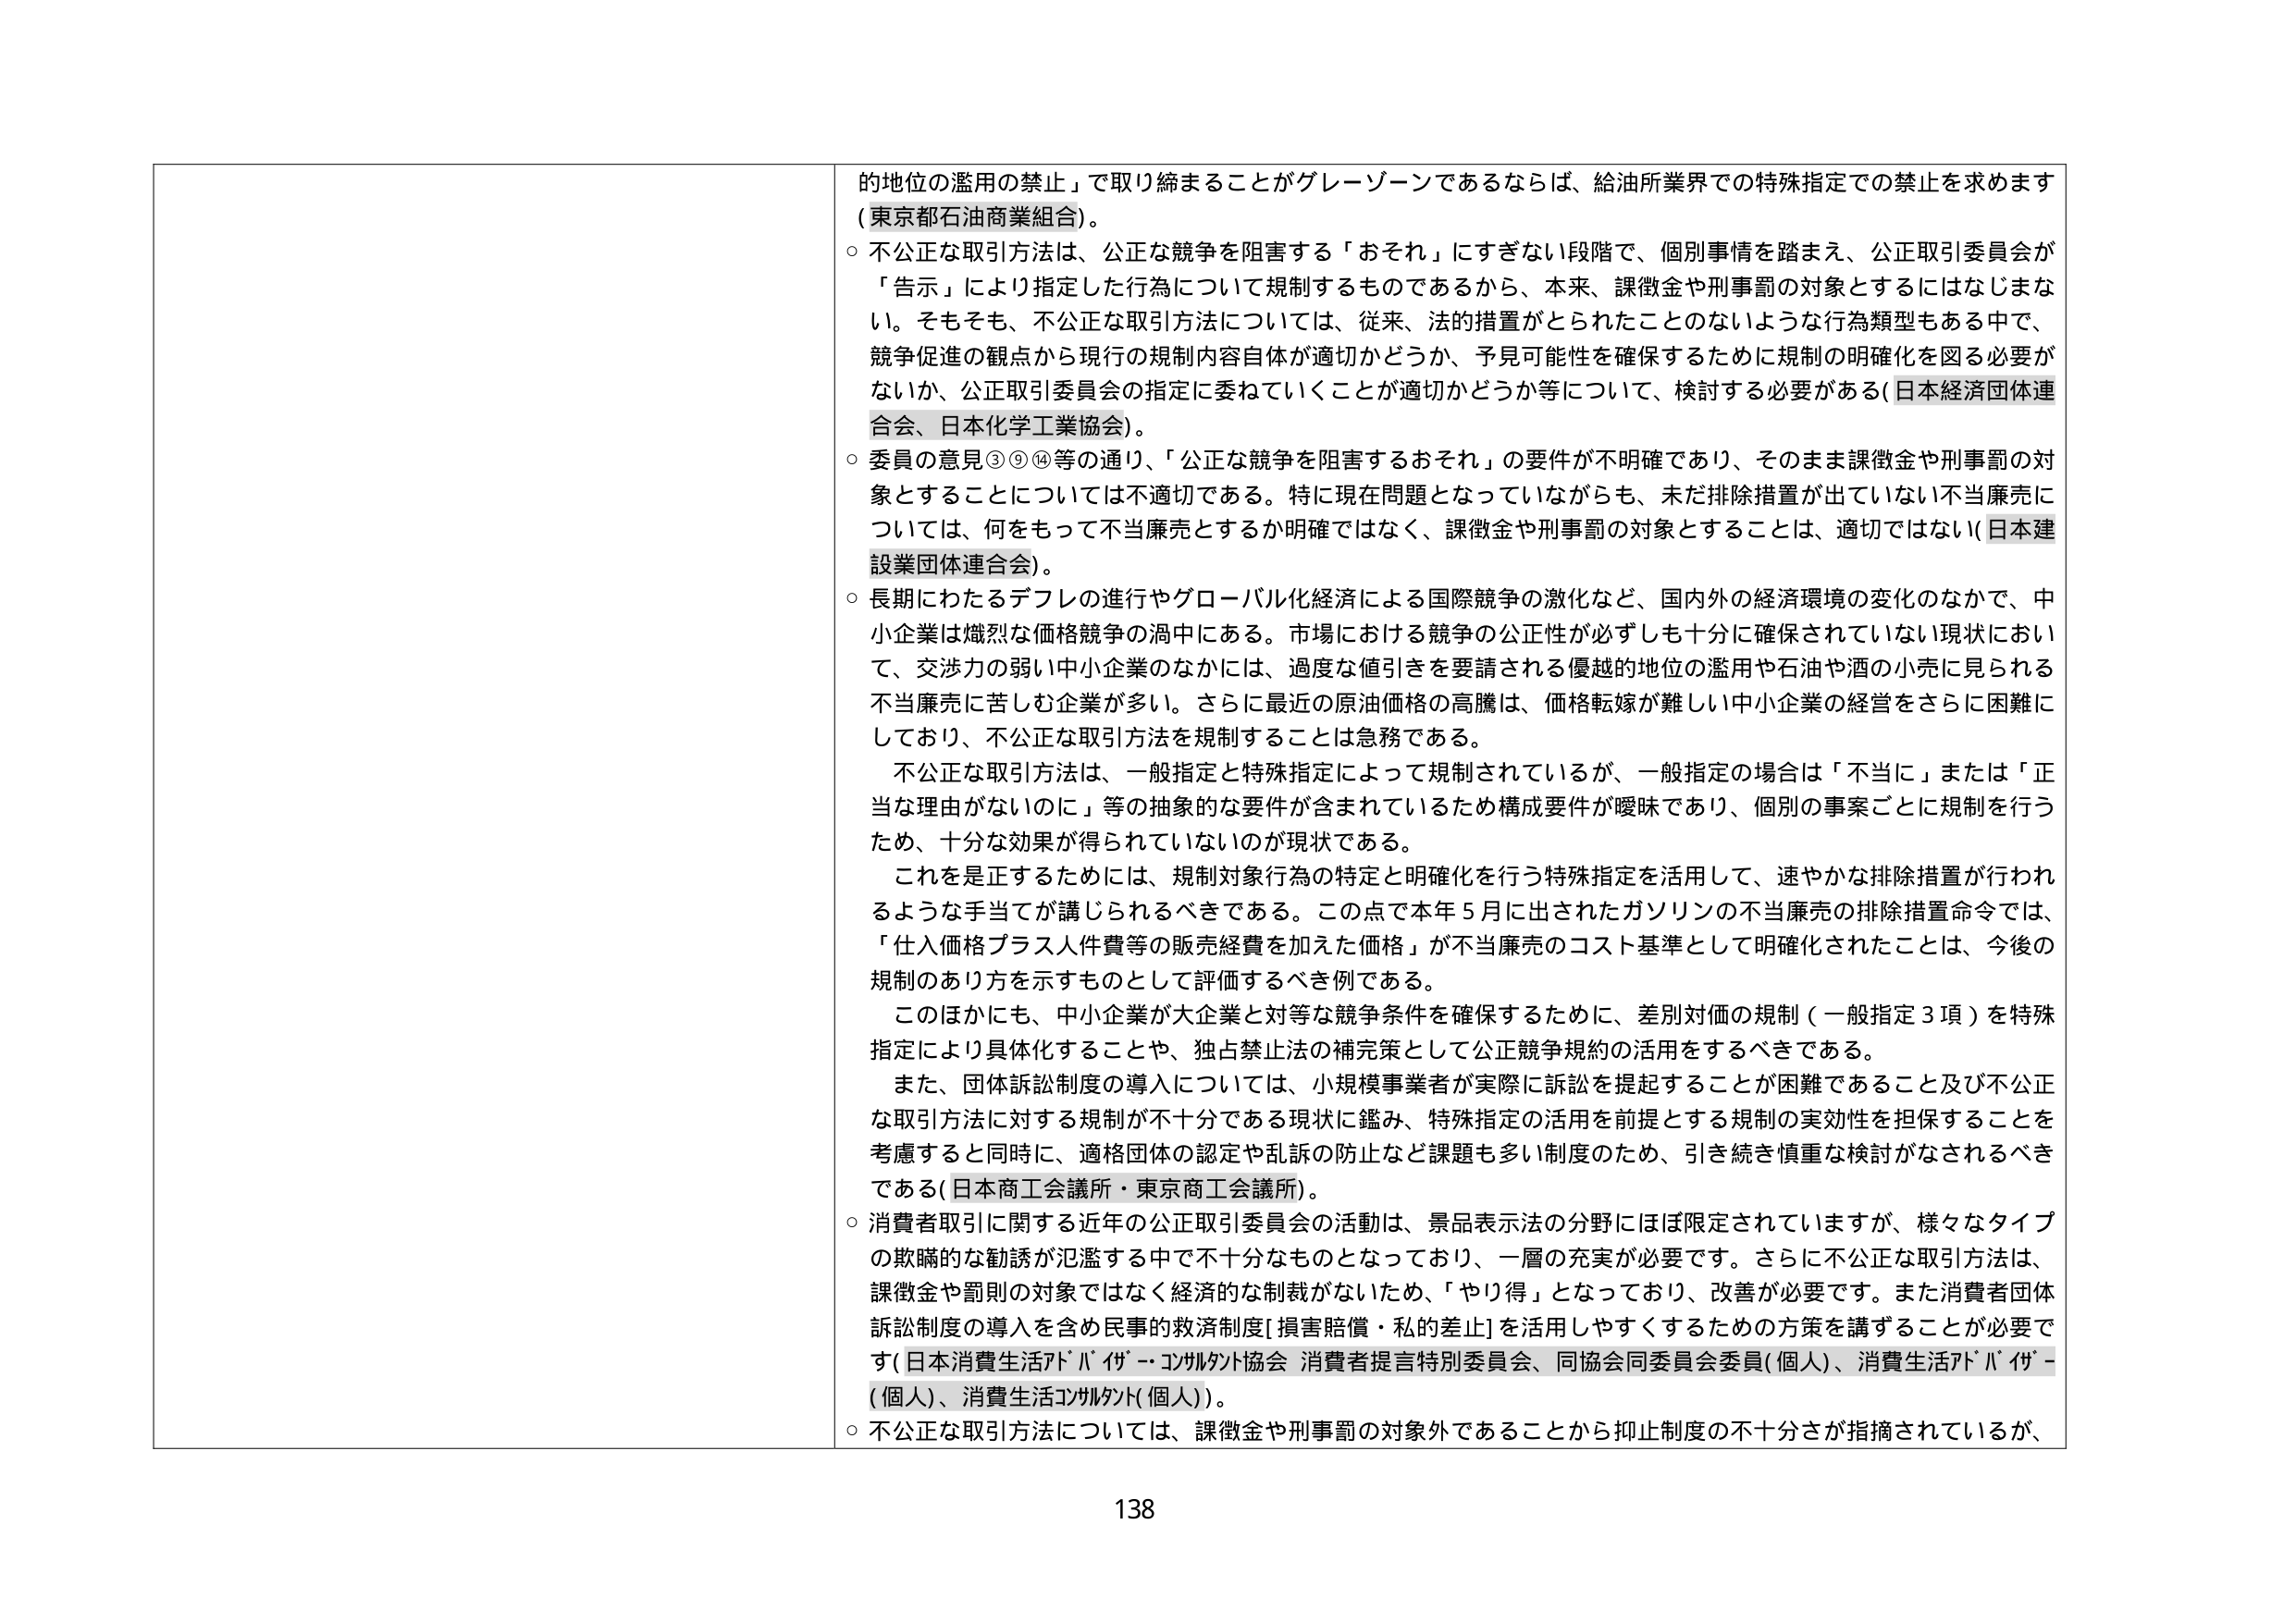
的地位の濫用の禁止」で取り締まること がグレーゾーンであるならば、給油所業界での特殊指定での禁止を求めます
(東京都石油商業組合)。
○ 不公正な取引方法は、公正な競争を阻害する「おそれ」にすぎない段階で、個別事情を踏まえ、公正取引委員会が
「告示」により指定した行為について規制するものであるから、本来、課徴金や刑事罰の対象とするにはなじまな
い。そもそも、不公正な取引方法については、従来、法的措置がとられたことのないような行為類型もある中で、
競争促進の観点から現行の規制内容自体が適切かどうか、予見可能性を確保するために規制の明確化を図る必要が
ないか、公正取引委員会の指定に委ねていくことが適切かどうか等について、検討する必要がある(日本経済団体連
合会、日本化学工業協会)。
○ 委員の意見③⑨⑭等の通り、「公正な競争を阻害するおそれ」の要件が不明確であり、そのまま課徴金や刑事罰の対
象とすることについては不適切である。特に現在問題となっていながらも、未だ排除措置が出ていない不当廉売に
ついては、何をもって不当廉売とするか明確ではなく、課徴金や刑事罰の対象とすることは、適切ではない(日本建
設業団体連合会)。
○ 長期にわたるデフレの進行やグローバル化経済による国際競争の激化など、国内外の経済環境の変化のなかで、中
小企業は熾烈な価格競争の渦中にある。市場における競争の公正性が必ずしも十分に確保されていない現状におい
て、交渉力の弱い中小企業のなかには、過度な値引きを要請される優越的地位の濫用や石油や酒の小売に見られる
不当廉売に苦しむ企業が多い。さらに最近の原油価格の高騰は、価格転嫁が難しい中小企業の経営をさらに困難に
しており、不公正な取引方法を規制することは急務である。
　不公正な取引方法は、一般指定と特殊指定によって規制されているが、一般指定の場合は「不当に」または「正
当な理由がないのに」等の抽象的な要件が含まれているため構成要件が曖昧であり、個別の事案ごとに規制を行う
ため、十分な効果が得られていないのが現状である。
　これを是正するためには、規制対象行為の特定と明確化を行う特殊指定を活用して、速やかな排除措置が行われ
るような手当てが講じられるべきである。この点で本年5月に出されたガソリンの不当廉売の排除措置命令では、
「仕入価格プラス人件費等の販売経費を加えた価格」が不当廉売のコスト基準として明確化されたことは、今後の
規制のあり方を示すものとして評価するべき例である。
　このほかにも、中小企業が大企業と対等な競争条件を確保するために、差別対価の規制(一般指定3項)を特殊
指定により具体化することや、独占禁止法の補完策として公正競争規約の活用をするべきである。
　また、団体訴訟制度の導入については、小規模事業者が実際に訴訟を提起することが困難であること及び不公正
な取引方法に対する規制が不十分である現状に鑑み、特殊指定の活用を前提とする規制の実効性を担保することを
考慮すると同時に、適格団体の認定や乱訴の防止など課題も多い制度のため、引き続き慎重な検討がなされるべき
である(日本商工会議所・東京商工会議所)。
○ 消費者取引に関する近年の公正取引委員会の活動は、景品表示法の分野にはほぼ限定されていますが、様々なタイプ
の欺瞞的な勧誘が氾濫する中で不十分なものとなっており、一層の充実が必要です。さらに不公正な取引方法は、
課徴金や罰則の対象ではなく経済的な制裁がないため、「やり得」となっており、改善が必要です。また消費者団体
訴訟制度の導入を含む民事的救済制度[損害賠償・私的差止]を活用しやすくするための方策を講ずることが必要で
す(日本消費生活アドバイザー・コンサルタント協会 消費者提言特別委員会、同協会同委員会委員(個人)、消費生活アドバイザー
(個人)、消費生活コンサルタント(個人))。
○ 不公正な取引方法については、課徴金や刑事罰の対象外であることから抑止制度の不十分さが指摘されているが、
138